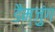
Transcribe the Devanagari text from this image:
डैम्ज़ुंग